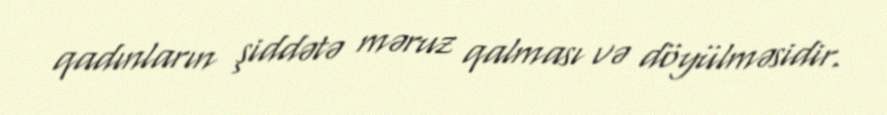
qadınların şiddətə məruz qalması və döyülməsidir.